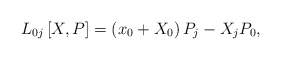
\begin{align*}L_{0j}\left[ X,P\right] =\left( x_0+X_0\right) P_j-X_jP_0, \end{align*}